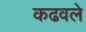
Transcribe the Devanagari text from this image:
कढवले